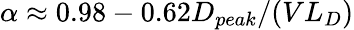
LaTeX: \alpha\approx 0.98-0.62D_{peak}/(VL_{D})